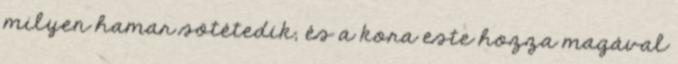
milyen hamar sötétedik, és a kora este hozza magával